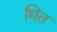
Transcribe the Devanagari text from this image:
धित